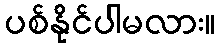
ပစ်နိုင်ပါမလား။